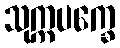
သုက္ကပက္ခေ